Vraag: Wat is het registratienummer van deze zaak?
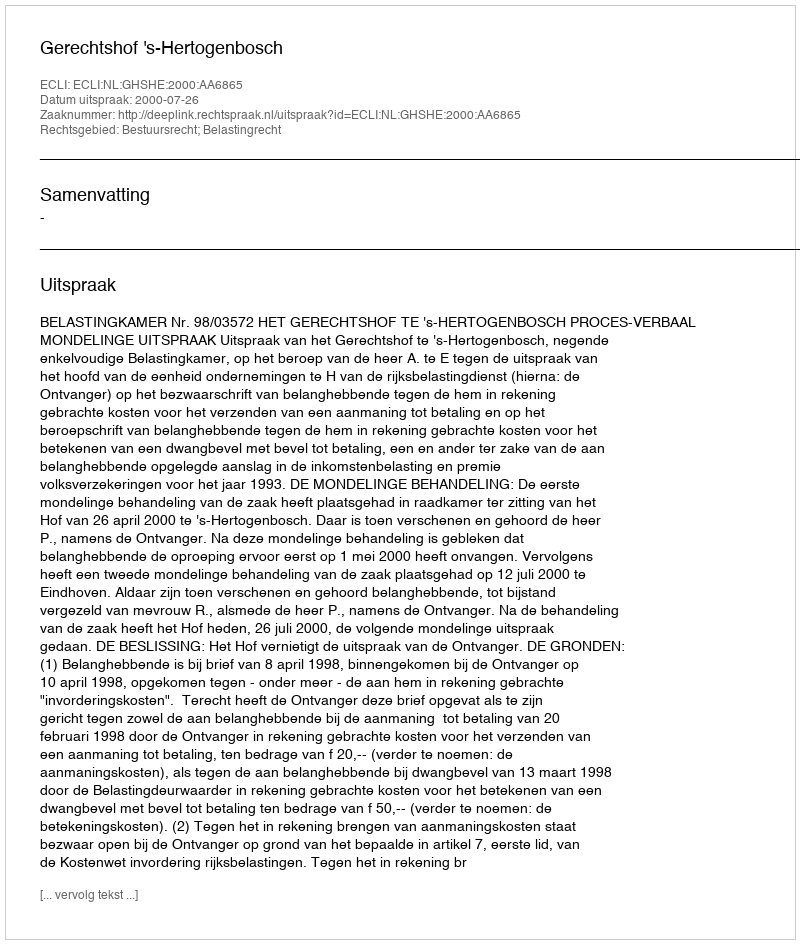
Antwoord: http://deeplink.rechtspraak.nl/uitspraak?id=ECLI:NL:GHSHE:2000:AA6865